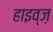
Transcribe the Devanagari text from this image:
हाइव्ज़